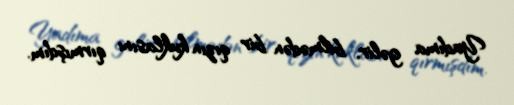
Yadıma gəlir, bilmədən bir qızın kuklasını qırmışdım.